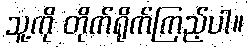
သူ့ကို တိုက်ရိုက်ကြည့်ပါ။